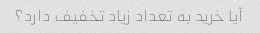
آیا خرید به تعداد زیاد تخفیف دارد؟